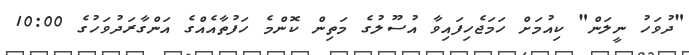
"ދުވަހު ނީލަން" ކިއުމަށް ހަމަޖެހިފައިވާ އުސޫލުގެ މަތިން ކޮންމެ ހަފުތާއެއްގެ އަންގާރަދުވަހުގެ 10:00